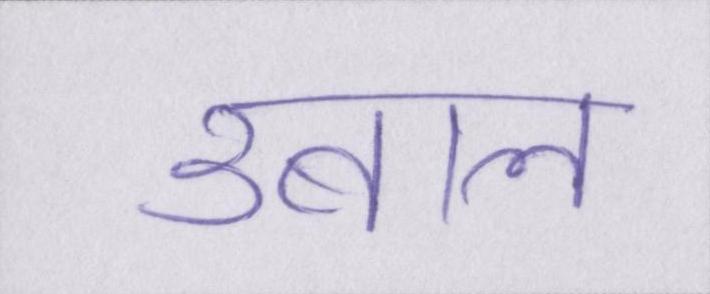
उबाल